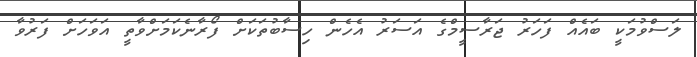
ލަސްވުމަކީ ބައެއް ފަހަރު ޖަރާސީމްގެ އަސަރު އެހެން ހިސާބުތަކަށް ފޯރާނެކަމަށްވާތީ އަވަހަށް ފަރުވާ